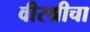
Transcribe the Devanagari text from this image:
वीरश्रीचा